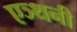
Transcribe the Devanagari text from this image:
एञ्थनी